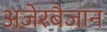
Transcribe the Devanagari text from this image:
अजेरबैजान